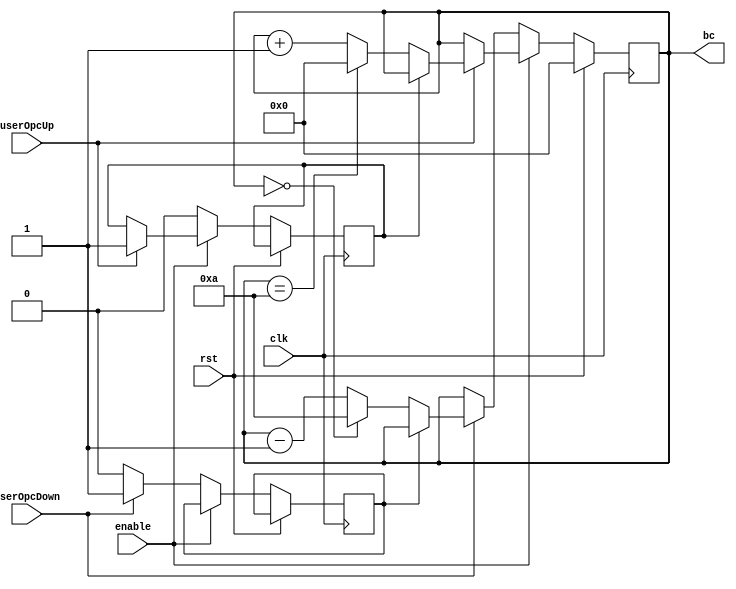
`timescale 1ns / 1ps
//////////////////////////////////////////////////////////////////////////////////
// Company: 
// Engineer: 
// 
// Design Name: 
// Module Name:    contadorCorriente 
// Project Name: 
// Target Devices: 
// Tool versions: 
// Description: 
//
// Dependencies: 
//
// Revision: 
// Revision 0.01 - File Created
// Additional Comments: 
//
//////////////////////////////////////////////////////////////////////////////////
module contadorCorriente(
    input userOpcUp,
	 input userOpcDown,
    input clk,
    input enable,
	 input rst,
    output reg [3:0] bc
    );
   
	//El funcionamiento de este contador es igual al del modulo contador de frecuencia
	
	reg estado,estado2 = 0;
	
   always @(posedge clk)
      if (rst)
          bc <= 4'd0;
      else begin // Cerrado
			if (enable) begin //
				if (userOpcUp == 1) begin //
					if (estado == 0) begin //
						estado <= 1;
				      if ( bc == 4'd10)
							 bc <= 4'd0;
						else 
							 bc <= bc + 1'b1;
				      end //Cierra linea 38
					else   bc <= bc;
					end //Cierra linea 36
				 end //Cierra linea 37
				else begin//
						estado <=0;
						if (userOpcDown == 1) begin//
								if (estado2 == 0) begin //
									estado2 <=1;
									if ( bc == 4'd0)
										 bc <= 4'd10;
									else
										 bc <= bc - 1'b1;	
									end //Cierra linea 51
								else bc <= bc;
								end //Cierra linea 51
						else estado2 <= 0;
						end // Cierra linea 50
					end //Cierra linea 48
endmodule